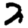
Digit: 2